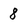
Character: 8